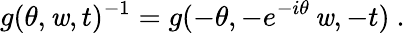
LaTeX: g(\theta,\mathit{w},t)^{-1}=g(-\theta,-e^{-i\theta}\, \mathit{w},-t)~.